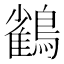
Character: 𮭕